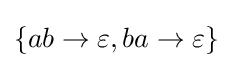
\{ab\rightarrow \varepsilon ,ba\rightarrow \varepsilon \}